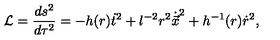
{ \cal L } = \frac { d s ^ { 2 } } { d \tau ^ { 2 } } = - h ( r ) \dot { t } ^ { 2 } + l ^ { - 2 } r ^ { 2 } \dot { \vec { x } } ^ { 2 } + h ^ { - 1 } ( r ) \dot { r } ^ { 2 } ,